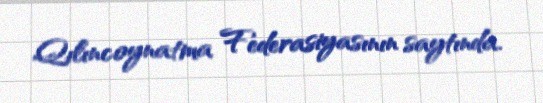
Qılıncoynatma Federasiyasının saytında.